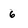
Character: 6